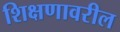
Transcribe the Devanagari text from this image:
शिक्षणावरील